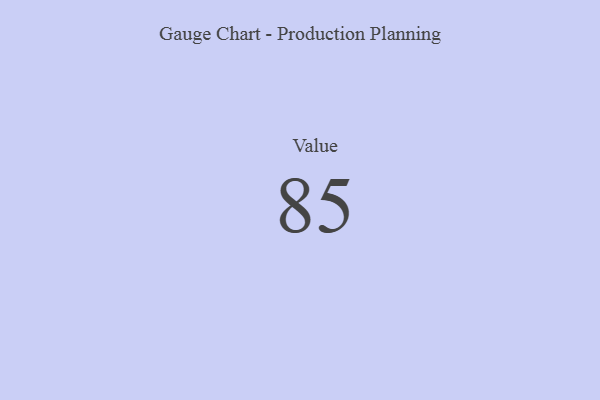
{"axis": {"x": "Metric", "y": "Value"}, "legend": [""], "data": [{"x": "Value", "y": 85, "type": ""}]}